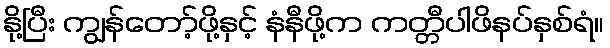
နို့ပြီး ကျွန်တော့်ဖို့နှင့် နံနီဖို့က ကတ္တီပါဖိနပ်နှစ်ရံ။